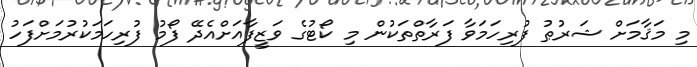
މި މަޤާމަށް ޝަރުޠު ފުރިހަމަވާ ފަރާތްތަކުން މި ކޯޓުގެ ވަޒީފާއަށްއެދޭ ފޯމު ފުރިހަމަކުރުމަށްފަހު